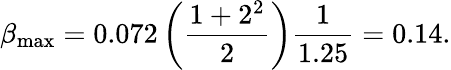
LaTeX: \beta_{\mathrm{max}}=0.072\left({\frac{1+2^{2}}{2}}\right){\frac{1}{1.25}}=0.14.